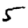
Digit: 5